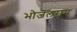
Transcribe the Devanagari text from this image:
भोजलराम